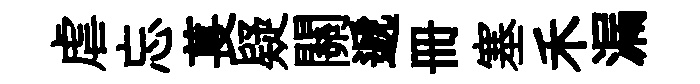
虐忘萇疑關遞册塞禾漏